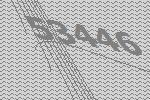
53446